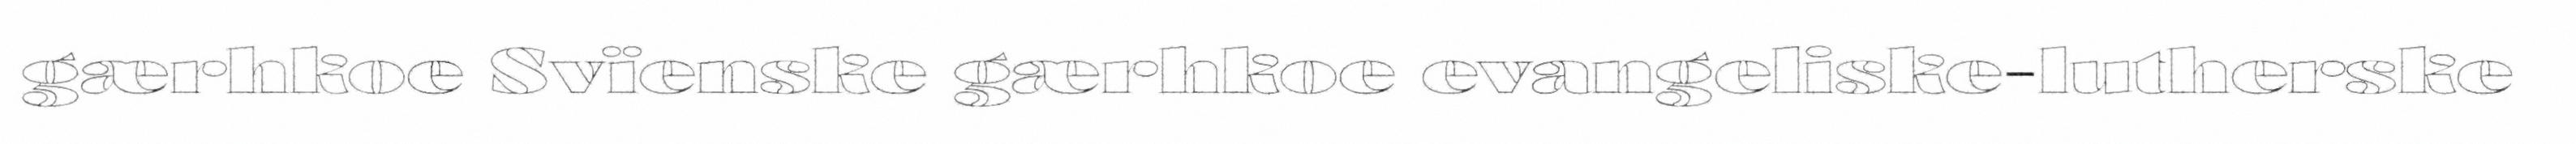
gærhkoe Svïenske gærhkoe evangeliske-lutherske